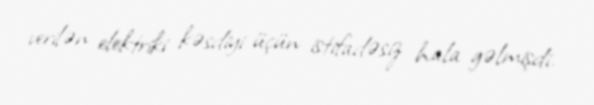
verilən elektriki kəsdiyi üçün istifadəsiz hala gəlmişdi.